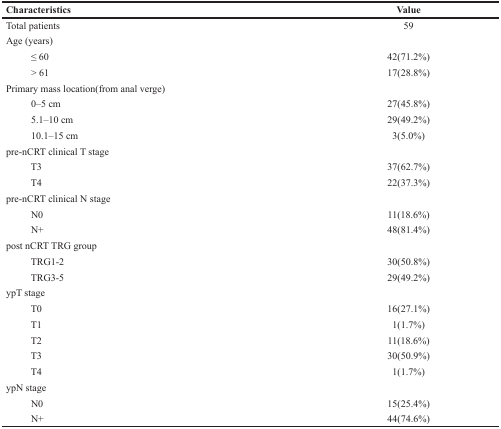
| Characteristics | Value |
 | --- | --- |
 | Total patients | 59 |
 | Age (years) |  |
 | ≤ 60 | 42(71.2%) |
 | > 61 | 17(28.8%) |
 | Primary mass location(from anal verge) |  |
 | 0–5 cm | 27(45.8%) |
 | 5.1–10 cm | 29(49.2%) |
 | 10.1–15 cm | 3(5.0%) |
 | pre-nCRT clinical T stage |  |
 | T3 | 37(62.7%) |
 | T4 | 22(37.3%) |
 | pre-nCRT clinical N stage |  |
 | N0 | 11(18.6%) |
 | N+ | 48(81.4%) |
 | post nCRT TRG group |  |
 | TRG1-2 | 30(50.8%) |
 | TRG3-5 | 29(49.2%) |
 | ypT stage |  |
 | T0 | 16(27.1%) |
 | T1 | 1(1.7%) |
 | T2 | 11(18.6%) |
 | T3 | 30(50.9%) |
 | T4 | 1(1.7%) |
 | ypN stage |  |
 | N0 | 15(25.4%) |
 | N+ | 44(74.6%) |